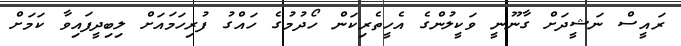
ރައީސް ނަޝީދަށް ގާނޫނީ ވަކީލުންގެ އެހީތެރިކަން ހޯދުމުގެ ހައްގު ފުރިހަމައަށް ލިިބިދީފައިވާ ކަމަށް